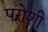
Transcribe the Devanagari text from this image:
परोशी